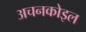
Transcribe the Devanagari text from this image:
अचनकोइल